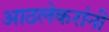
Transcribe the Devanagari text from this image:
आठलेकरांनी